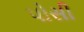
પોસી